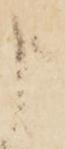
申